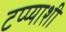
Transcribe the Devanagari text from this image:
टप्प्याशी